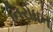
નિરોધન